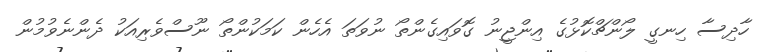
ހާދިސާ ހިނގީ ލޯންޗްކޮޅުގެ އިންޖީނު ގޮވައިގެންތޯ ނުވަތަ އެހެން ކަމަކުންތޯ ނޫސްވެރިއަކު ދެންނެވުމުން